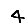
Digit: 4